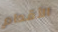
الأقدام